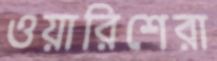
ওয়ারিশেরা